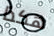
هكذا